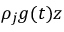
\rho _ { j } g ( t ) z